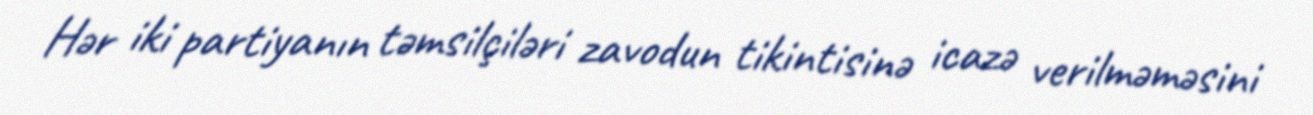
Hər iki partiyanın təmsilçiləri zavodun tikintisinə icazə verilməməsini